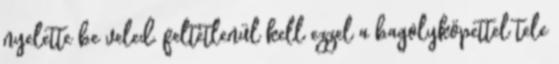
nyelette be veled, feltétlenül kell ezzel a bagolyköpettel tele